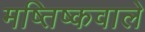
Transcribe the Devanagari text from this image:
मष्तिष्कवाले